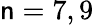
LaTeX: \mathsf{n}=7,9